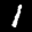
Label: 1